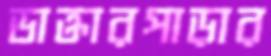
ডাক্তারপাড়ার